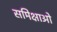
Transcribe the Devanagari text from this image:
समिक्षाओ